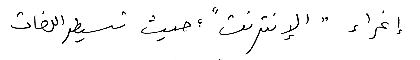
إغراء " الإنترنت "؛ حيث تسيطر اللغات